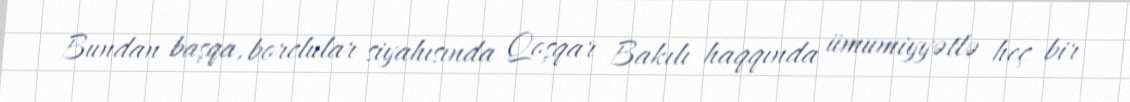
Bundan başqa, borclular siyahısında Qoşqar Bakılı haqqında ümumiyyətlə heç bir